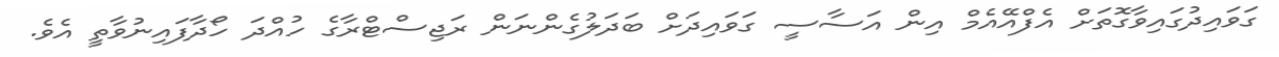
ގަވައިދުގައިވާގޮތަށް އެފްއޭއެމް އިން އަސާސީ ގަވައިދަށް ބަދަލުގެންނަން ރަޖިސްޓްރާގެ ހުއްދަ ހޯދާފައިނުވާތީ އެވެ.